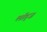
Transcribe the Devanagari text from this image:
लॉड्ज़